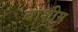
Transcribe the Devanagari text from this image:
बाशीम